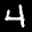
Label: 4